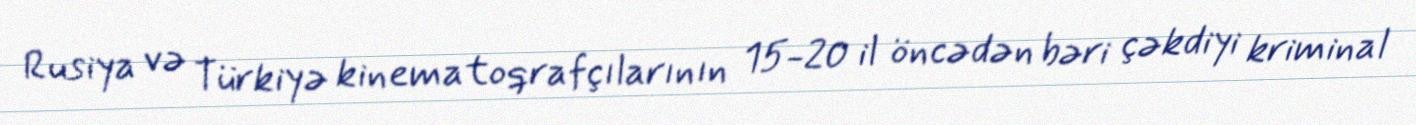
Rusiya və Türkiyə kinematoqrafçılarının 15-20 il öncədən bəri çəkdiyi kriminal